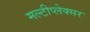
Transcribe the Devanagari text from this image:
मल्टीप्लेक्सर